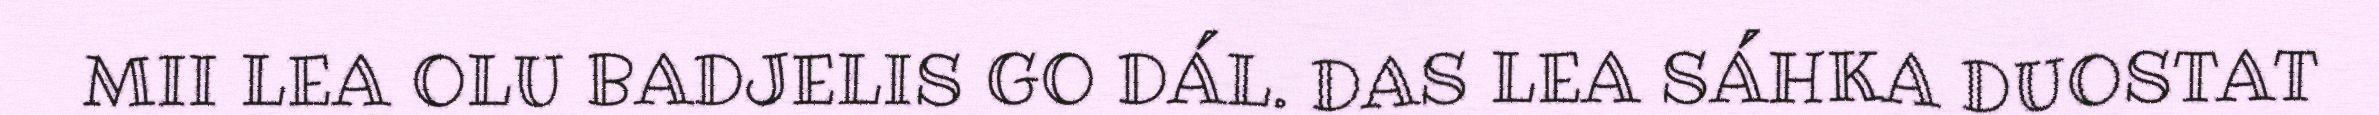
MII LEA OLU BADJELIS GO DÁL. DAS LEA SÁHKA DUOSTAT